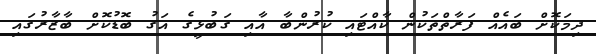
ދިމަކޮށް ބައެއް ފަރާތްތަކުން ކާއްޓައި ކުރުންބާ އާއި ގަބުޅީގެ އަގު ބޮޑުކޮށް ބާޒާރުގައި